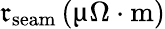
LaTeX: \mathfrak{r}_{\textrm{{seam}}}\, (\upmu\Omega\cdot\textrm{{m}})